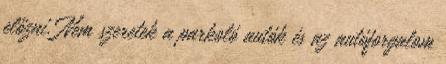
előzni. Nem szeretek a parkoló autók és az autóforgalom